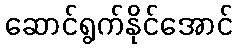
ဆောင်ရွက်နိုင်အောင်